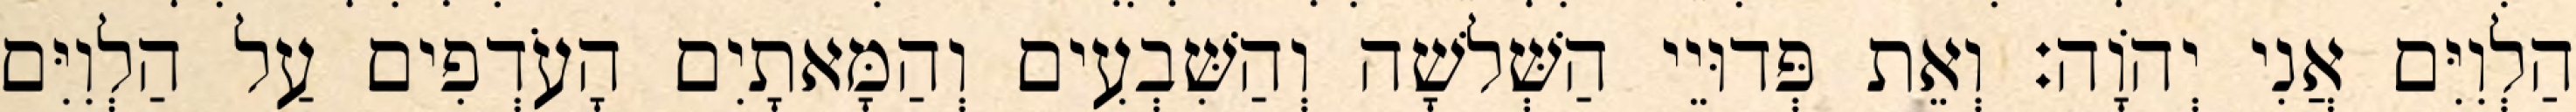
הַלְוִיִּם אֲנִי יְהוָֹה׃ וְאֵת פְּדוּיֵי הַשְּׁלשָׁה וְהַשִּׁבְעִים וְהַמָּאתָיִם הָעֹדְפִים עַל הַלְוִיִּם